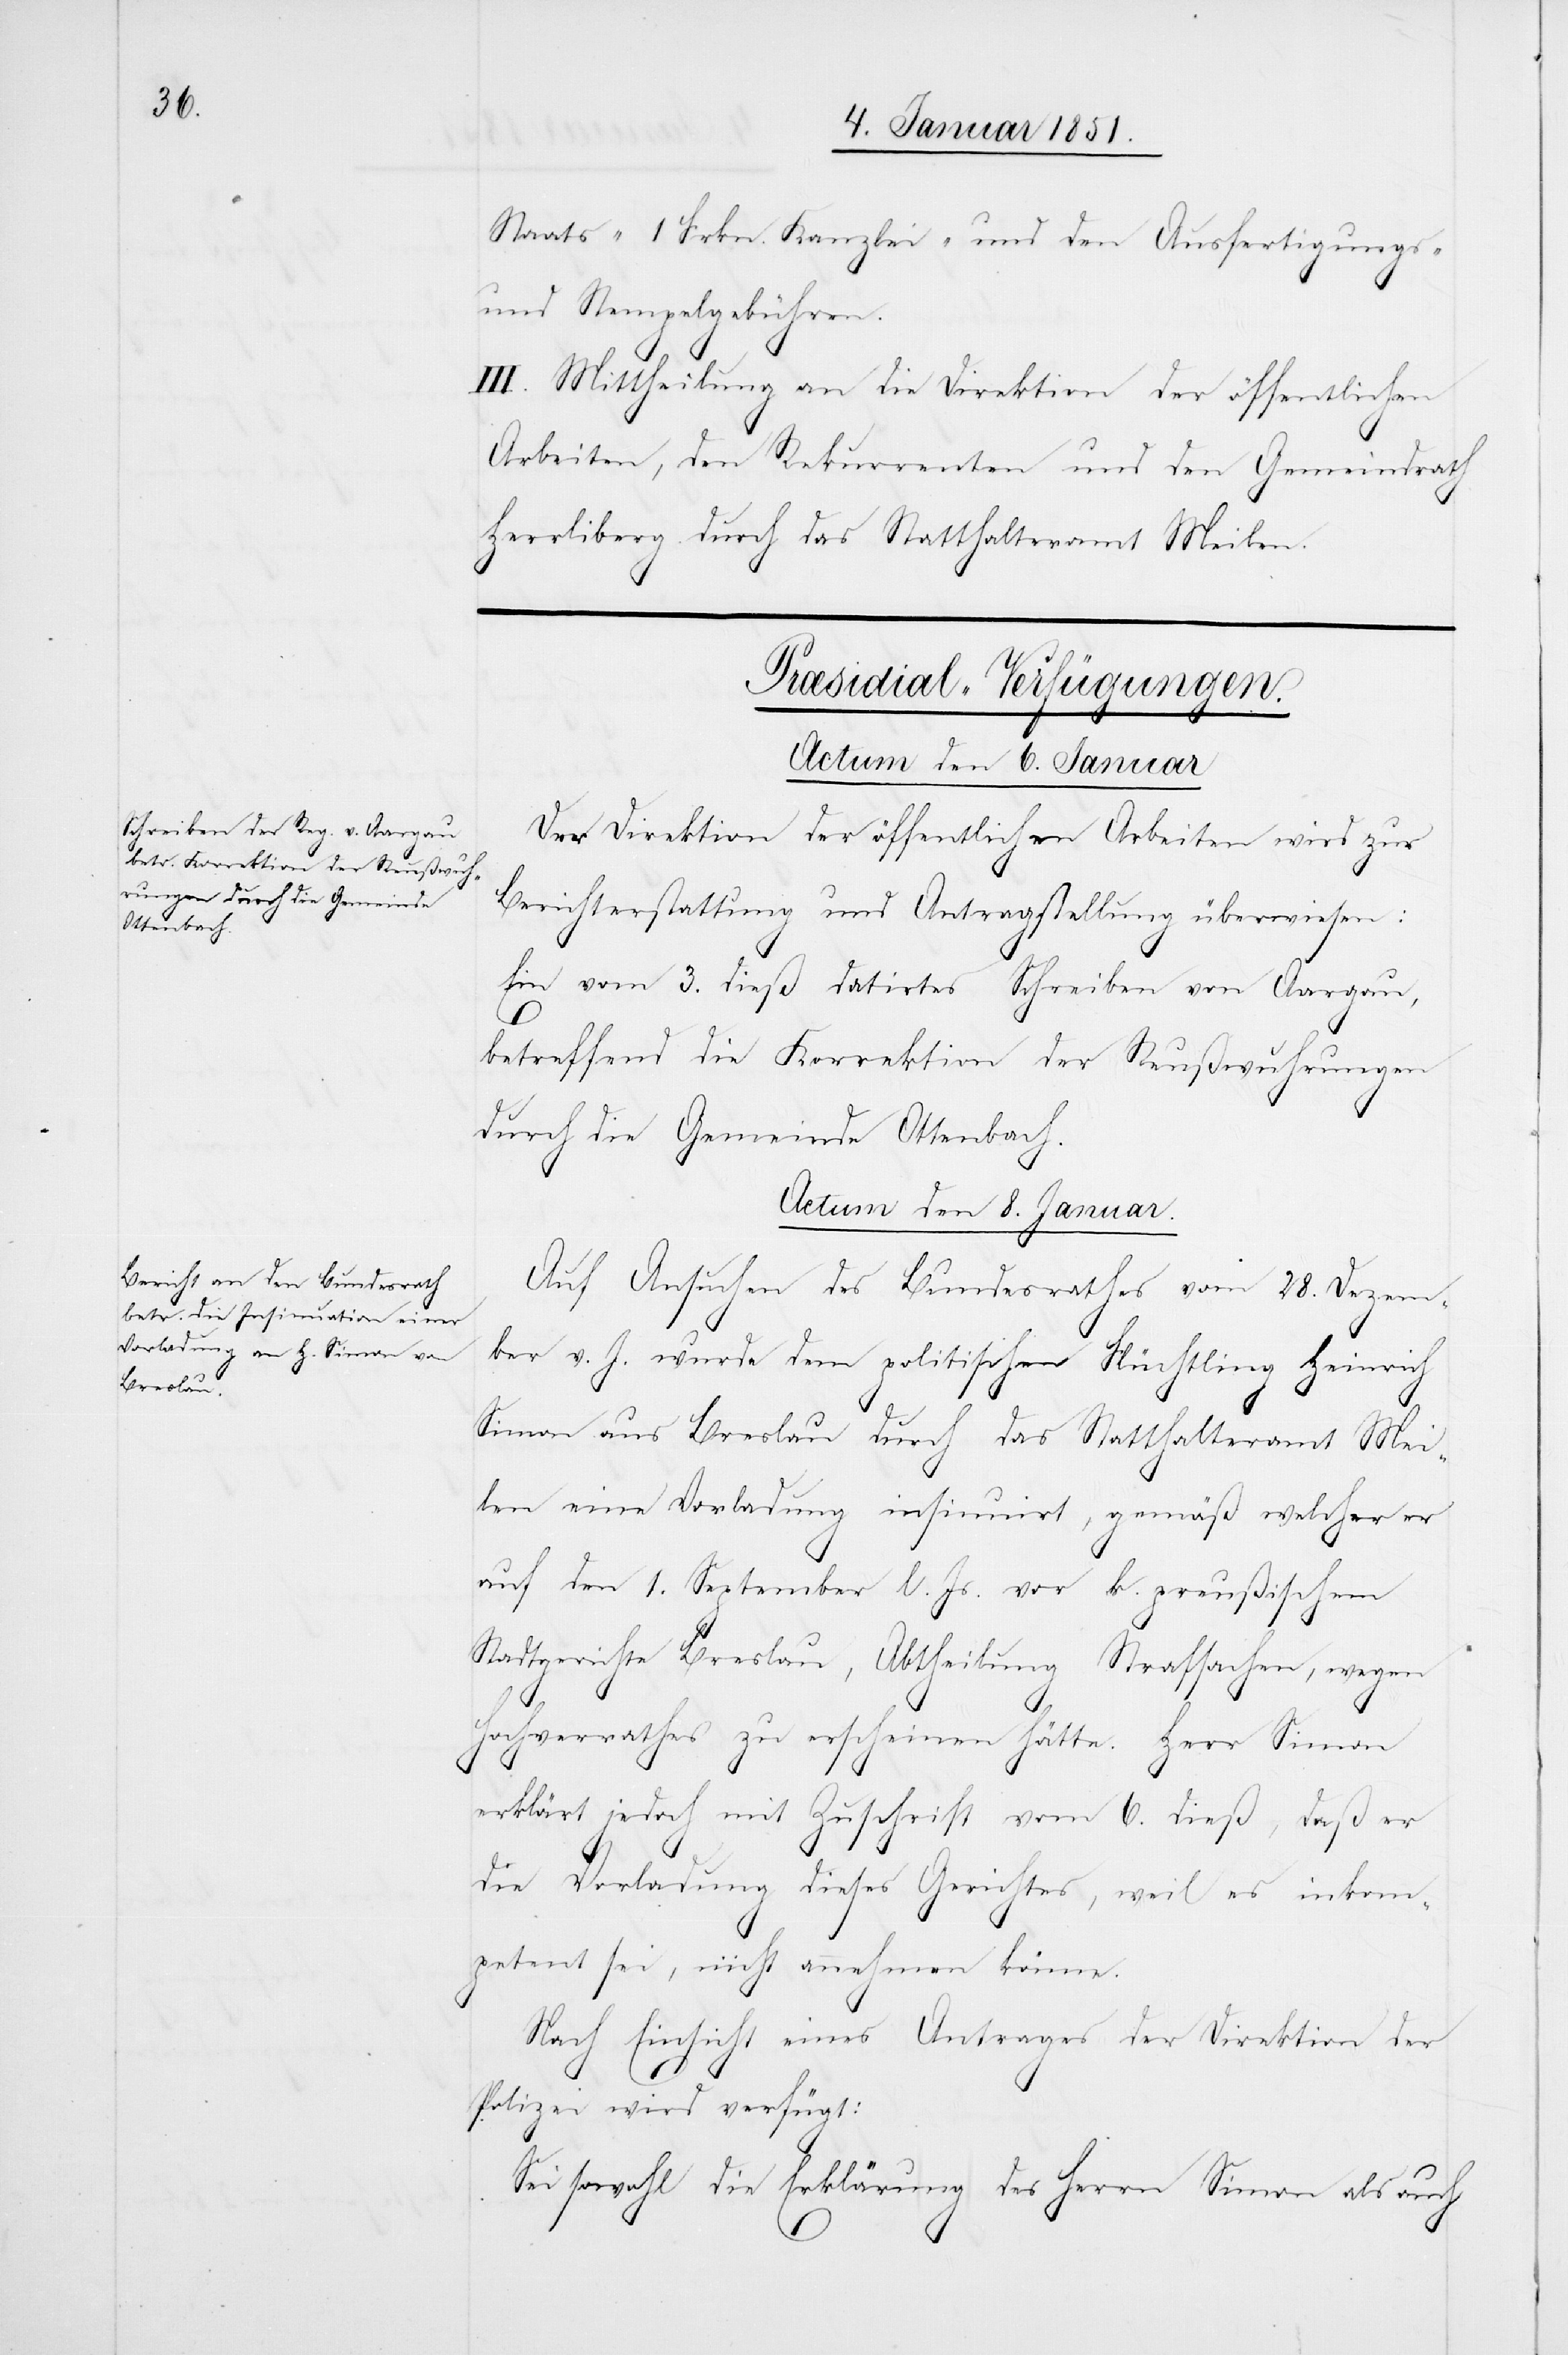
Staats-[,] 1 Frkn. Kanzlei- und den Ausfertigungs-
und Stempelgebühren.
III. Mittheilung an die Direktion der öffentlichen
Arbeiten, den Rekurrenten und den Gemeindrath
Herrliberg durch das Statthalteramt Meilen.
[Præsidial-Verfügungen.]
Actum den 6. Januar
Der Direktion der öffentlichen Arbeiten wird zur
Berichterstattung und Antragstellung überwiesen:
Ein vom 3. dieß datirtes Schreiben von Aargau,
betreffend die Korrektion der Reußwuhrungen
durch die Gemeinde Ottenbach.
Actum den 8. Januar.
Auf Ansuchen des Bundesrathes vom 28. Dezem¬
ber v. J. wurde dem politischen Flüchtling Heinrich
Simon aus Breslau durch das Statthalteramt Mei¬
len eine Vorladung insinuirt, gemäß welcher er
auf den 1. September l. Js. vor k. preußischem
Stadtgerichte Breslau, Abtheilung Strafsachen, wegen
Hochverrathes zu erscheinen hätte. Herr Simon
erklärt jedoch mit Zuschrift vom 6. dieß, daß er
die Vorladung dieses Gerichtes, weil es inkom¬
petent sei, nicht annehmen könne.
Nach Einsicht eines Antrages der Direktion der
Polizei wird verfügt:
Sei sowohl die Erklärung des Herrn Simon als auch